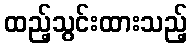
ထည့်သွင်းထားသည့်